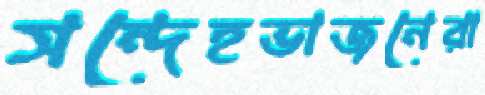
সন্দেহভাজনেরা